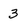
Character: 3